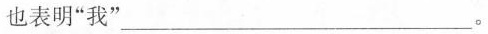
也表明“我”___